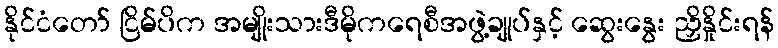
နိုင်ငံတော် ငြိမ်ပိက အမျိုးသားဒီမိုကရေစီအဖွဲ့ချုပ်နှင့် ဆွေးနွေး ညှိနှိုင်းရန်